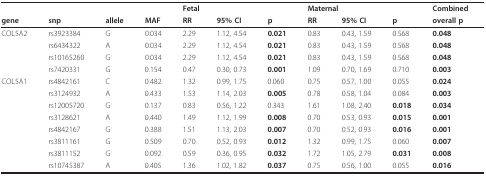
<table><thead><tr><td></td><td></td><td></td><td></td><td colspan="3"><b>Fetal</b></td><td colspan="3"><b>Maternal</b></td><td><b>Combined</b></td></tr><tr><td><b>gene</b></td><td><b>snp</b></td><td><b>allele</b></td><td><b>MAF</b></td><td><b>RR</b></td><td><b>95% CI</b></td><td><b>p</b></td><td><b>RR</b></td><td><b>95% CI</b></td><td><b>p</b></td><td><b>overall p</b></td></tr></thead><tbody><tr><td>COL5A2</td><td>rs3923384</td><td>G</td><td>0.034</td><td>2.29</td><td>1.12, 4.54</td><td><b>0.021</b></td><td>0.83</td><td>0.43, 1.59</td><td>0.568</td><td><b>0.048</b></td></tr><tr><td></td><td>rs6434322</td><td>A</td><td>0.034</td><td>2.29</td><td>1.12, 4.54</td><td><b>0.021</b></td><td>0.83</td><td>0.43, 1.59</td><td>0.568</td><td><b>0.048</b></td></tr><tr><td></td><td>rs10165260</td><td>G</td><td>0.034</td><td>2.29</td><td>1.12, 4.54</td><td><b>0.021</b></td><td>0.83</td><td>0.43, 1.59</td><td>0.568</td><td><b>0.048</b></td></tr><tr><td></td><td>rs7420331</td><td>G</td><td>0.154</td><td>0.47</td><td>0.30, 0.73</td><td><b>0.001</b></td><td>1.09</td><td>0.70, 1.69</td><td>0.710</td><td><b>0.003</b></td></tr><tr><td>COL5A1</td><td>rs4842161</td><td>C</td><td>0.482</td><td>1.32</td><td>0.99, 1.75</td><td>0.060</td><td>0.75</td><td>0.57, 1.00</td><td>0.055</td><td><b>0.024</b></td></tr><tr><td></td><td>rs3124932</td><td>A</td><td>0.433</td><td>1.53</td><td>1.14, 2.03</td><td><b>0.005</b></td><td>0.78</td><td>0.58, 1.04</td><td>0.084</td><td><b>0.003</b></td></tr><tr><td></td><td>rs12005720</td><td>G</td><td>0.137</td><td>0.83</td><td>0.56, 1.22</td><td>0.343</td><td>1.61</td><td>1.08, 2.40</td><td><b>0.018</b></td><td><b>0.034</b></td></tr><tr><td></td><td>rs3128621</td><td>A</td><td>0.440</td><td>1.49</td><td>1.12, 1.99</td><td><b>0.008</b></td><td>0.70</td><td>0.53, 0.93</td><td><b>0.015</b></td><td><b>0.001</b></td></tr><tr><td></td><td>rs4842167</td><td>G</td><td>0.388</td><td>1.51</td><td>1.13, 2.03</td><td><b>0.007</b></td><td>0.70</td><td>0.52, 0.93</td><td><b>0.016</b></td><td><b>0.001</b></td></tr><tr><td></td><td>rs3811161</td><td>G</td><td>0.509</td><td>0.70</td><td>0.52, 0.93</td><td><b>0.012</b></td><td>1.32</td><td>0.99, 1.75</td><td>0.060</td><td><b>0.007</b></td></tr><tr><td></td><td>rs3811152</td><td>G</td><td>0.092</td><td>0.59</td><td>0.36, 0.95</td><td><b>0.032</b></td><td>1.72</td><td>1.05, 2.79</td><td><b>0.031</b></td><td><b>0.008</b></td></tr><tr><td></td><td>rs10745387</td><td>A</td><td>0.405</td><td>1.36</td><td>1.02, 1.82</td><td><b>0.037</b></td><td>0.75</td><td>0.56, 1.00</td><td>0.055</td><td><b>0.016</b></td></tr></tbody></table>